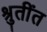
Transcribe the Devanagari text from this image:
श्रुतींत